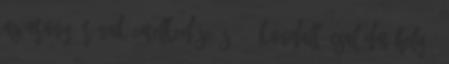
az arany árának emelkedése és. 8. Kandalló családműhely –